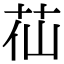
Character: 苮